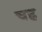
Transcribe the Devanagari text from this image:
चह्र